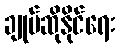
ချုပ်ဆိုနိုင်ရေး